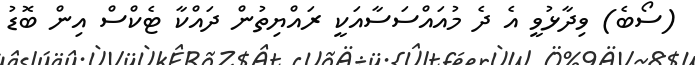
(ސޯބެ) ވިދާޅުވީ އެ ދެ މުއައްސަސާއަކީ ރައްޔިތުން ދައްކާ ޓެކްސް އިން ބޮޑު